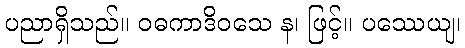
ပညာရှိသည်။ ဝဓကာဒိဝသေ န၊ ဖြင့်။ ပဿေယျ၊